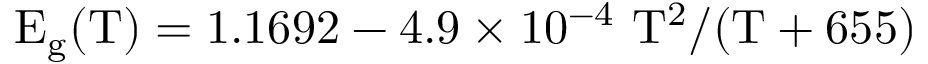
\mathrm { E _ { g } ( T ) = 1 . 1 6 9 2 - 4 . 9 \times 1 0 ^ { - 4 } ~ T ^ { 2 } / ( T + 6 5 5 ) }